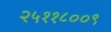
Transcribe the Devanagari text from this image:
२५११८००९